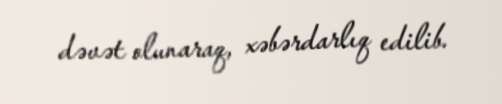
dəvət olunaraq, xəbərdarlıq edilib.